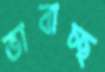
ভাবাচ্ছ